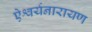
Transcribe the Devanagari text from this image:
ऐश्वर्यनारायण